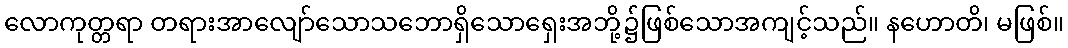
လောကုတ္တရာ တရားအာလျော်သောသဘောရှိသောရှေးအဘို့၌ဖြစ်သောအကျင့်သည်။ နဟောတိ၊ မဖြစ်။